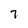
Character: 7